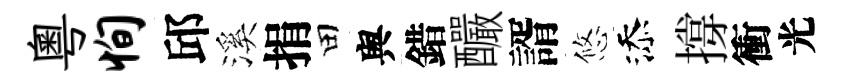
粤恂邱溪捐田舆錯釅諝悠添撐衝光